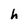
Character: h